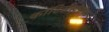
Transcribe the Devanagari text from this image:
कॉटिर्सेस्टेरॉयड